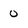
Character: 0